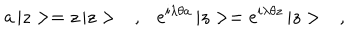
a \, | z > = z \, | z > \ \ \ , \ \ \ e ^ { i \lambda \theta a } \, | z > = e ^ { i \lambda \theta z } \, | z > \ \ \ ,